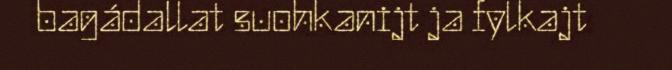
bagádallat suohkanijt ja fylkajt